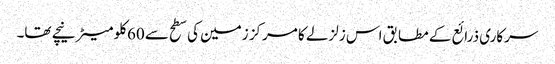
سرکاری ذرائع کے مطابق اس زلزلے کا مرکز زمین کی سطح سے 60کلو میٹر نیچے تھا۔